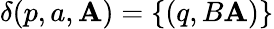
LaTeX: \delta(p,a,\mathbf{A})=\{ (q,B\mathbf{A})\}